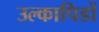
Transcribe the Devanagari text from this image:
उल्कापिडों